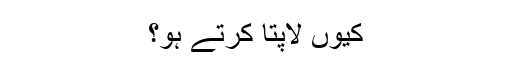
کیوں لاپتا کرتے ہو؟